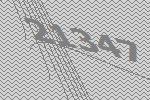
21347